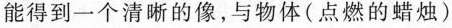
能得到一个清晰的像，与物体(点燃的蜡烛)